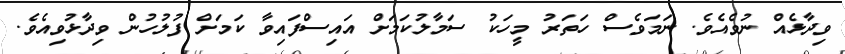
ވިދާޅެއް ނުވެއެވެ. ނަމަވެސް ހަތަރު މީހަކު ސަމާލުކަމަށް އައިސްފައިވާ ކަމަށް ފުލުހުން ވިދާޅުވިއެވެ.